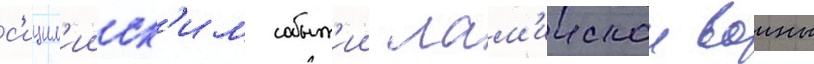
с'ицил'ииск'им событ'ии лам'иискои воины